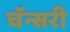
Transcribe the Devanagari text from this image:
चॅन्सरी